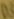
Text: D3